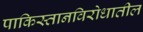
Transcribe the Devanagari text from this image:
पाकिस्तानविरोधातील